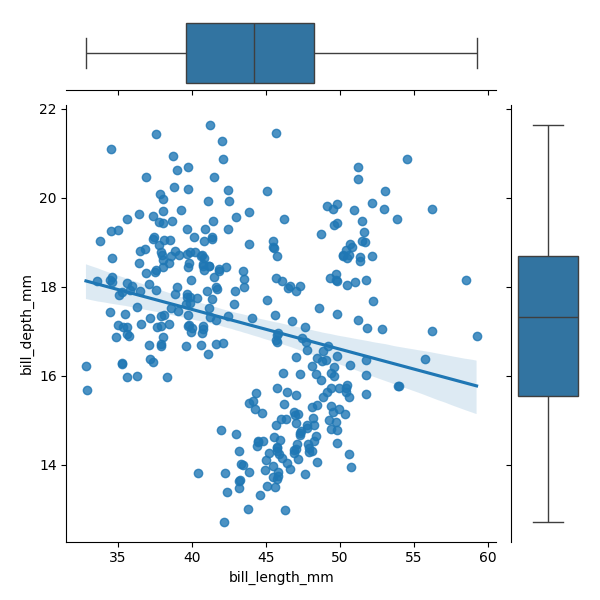
python, seaborn, JointGrid, regplot, boxplot